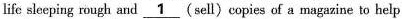
life sleeping rough and \underline{1} (sell)copies of a magazine to help